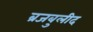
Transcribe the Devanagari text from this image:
ब्रजबुलीद